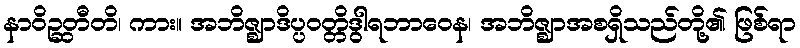
နာဝိဉ္ဆတီတိ၊ ကား။ အဘိဇ္ဈာဒိပ္ပဝတ္တိဒွါရဘာဝေန၊ အဘိဇ္ဈာအစရှိသည်တို့၏ ဖြစ်ရာ